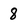
Character: 8